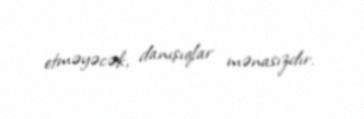
etməyəcək, danışıqlar mənasızdır.